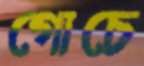
গোচে